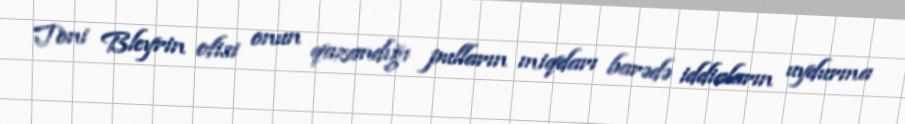
Toni Bleyrin ofisi onun qazandığı pulların miqdarı barədə iddiaların uydurma